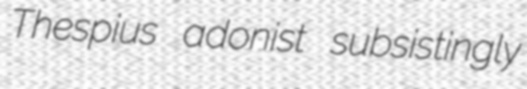
Thespius adonist subsistingly